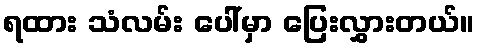
ရထား သံလမ်း ပေါ်မှာ ပြေးလွှားတယ်။